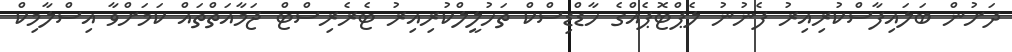
ދަށުން ބަލައިފާސްކުރިއިރު ފެނުނު ލެޕްޓޮޕެއްގެ ހާޑްޑިސްކް ތަހުލީލްކުރިއިރު ޓެރެރިސްޓް ޖަމާއަތްތައް ކަމަށްވާ އިސްލާމިކް